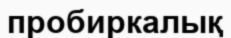
пробиркалық